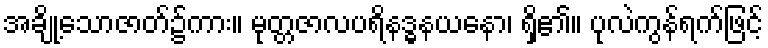
အချို့သောဇာတ်၌ကား။ မုတ္တဇာလပရိနဒ္ဓနယနော၊ ရှိ၏။ ပုလဲကွန်ရက်ဖြင့်